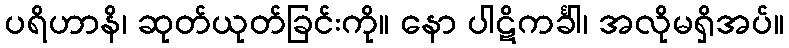
ပရိဟာနိ၊ ဆုတ်ယုတ်ခြင်းကို။ နော ပါဋိကင်္ခါ၊ အလိုမရှိအပ်။